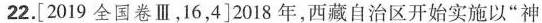
22.[2019全国卷Ⅲ，16，4]2018年，西藏自治区开始实施以”神